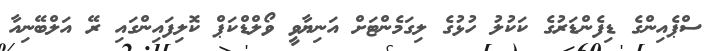
ސްޕެއިންގެ ޑިފެންޑަރުގެ ކަކުލު ހުޅުގެ ލިގަމެންޓަށް އަނިޔާވީ ވޯލްޑްކަޕް ކޮލިފައިންގައި ރޭ އަލްބޭނިއާ